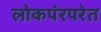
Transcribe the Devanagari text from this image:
लोकपंरपरेत